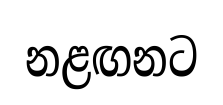
නළඟනට